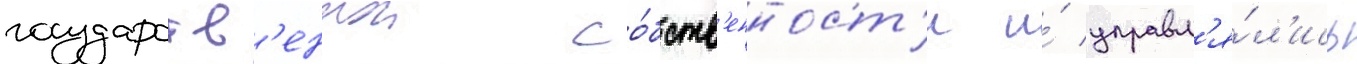
государств'еннои со́бств'енност'и и́ управл'я́л'ись